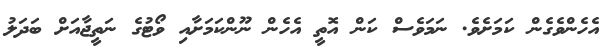
އެހެންވެގެން ކަމަށެވެ. ނަމަވެސް ކަން އޮތީ އެހެން ނޫންކަމަށާއި ވޯޓުގެ ނަތީޖާއަށް ބަދަލު